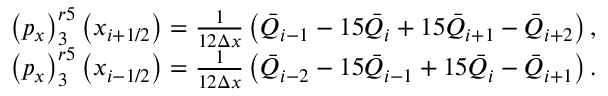
\begin{array} { r l } & { \left( { { p } _ { x } } \right) _ { 3 } ^ { r 5 } \left( { { x } _ { i + 1 / 2 } } \right) = \frac { 1 } { 1 2 \Delta x } \left( { { { \bar { Q } } } _ { i - 1 } } - 1 5 { { { \bar { Q } } } _ { i } } + 1 5 { { { \bar { Q } } } _ { i + 1 } } - { { { \bar { Q } } } _ { i + 2 } } \right) , } \\ & { \left( { { p } _ { x } } \right) _ { 3 } ^ { r 5 } \left( { { x } _ { i - 1 / 2 } } \right) = \frac { 1 } { 1 2 \Delta x } \left( { { { \bar { Q } } } _ { i - 2 } } - 1 5 { { { \bar { Q } } } _ { i - 1 } } + 1 5 { { { \bar { Q } } } _ { i } } - { { { \bar { Q } } } _ { i + 1 } } \right) . } \end{array}